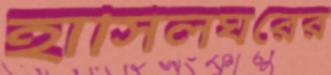
হাসিলঘরের